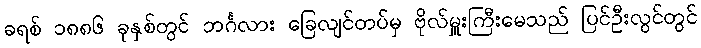
ခရစ် ၁၈၈၆ ခုနှစ်တွင် ဘင်္ဂလား ခြေလျင်တပ်မှ ဗိုလ်မှူးကြီးမေသည် ပြင်ဦးလွင်တွင်